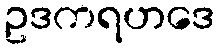
ဥဒကရဟဒေ